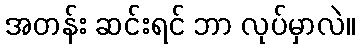
အတန်း ဆင်းရင် ဘာ လုပ်မှာလဲ။